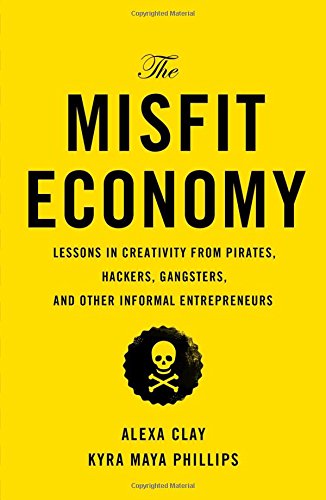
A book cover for The Misfit Economy: Lessons in Creativity from Pirates, Hackers, Gangsters and Other Informal Entrepreneurs; Alexa Clay; Business & Money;